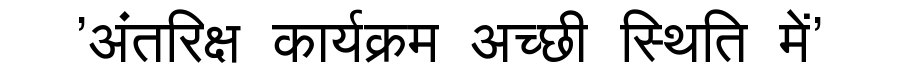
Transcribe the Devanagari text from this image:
'अंतरिक्ष कार्यक्रम अच्छी स्थिति में'